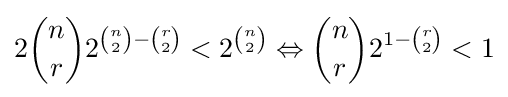
2{n \choose r}2^{{n \choose 2}-{r \choose 2}}<2^{n \choose 2}\Leftrightarrow {n \choose r}2^{1-{r \choose 2}}<1